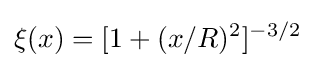
\xi (x)=[1+(x/R)^{2}]^{-3/2}\;